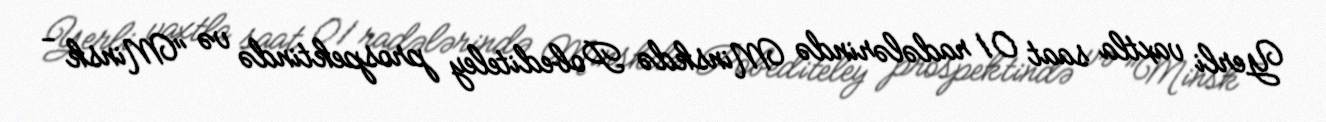
Yerli vaxtla saat 01 radələrində Minskdə Pobediteley prospektində və "Minsk -